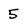
Character: 5